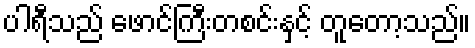
ပါရီသည် ဖောင်ကြီးတစင်းနှင့် တူတော့သည်။